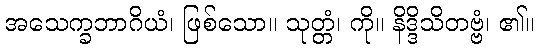
အသေက္ခဘာဂိယံ၊ ဖြစ်သော။ သုတ္တံ၊ ကို။ နိဒ္ဒိသိတဗ္ဗံ၊ ၏။